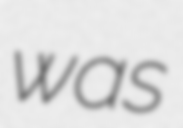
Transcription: was